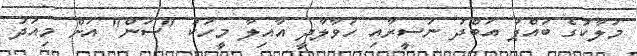
މަލާކުގެ ބައްޕަ އަބްދު ނަސީރާއި ހަވާލާދީ އާއިލާ މީހަކު "ސަން" އަށް މިއަދު